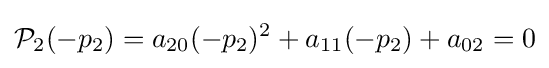
{\mathcal {P}}_{2}(-p_{2})=a_{20}(-p_{2})^{2}+a_{11}(-p_{2})+a_{02}=0